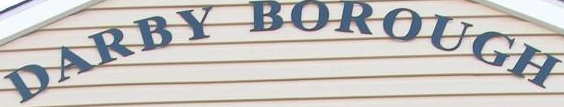
DARBY BOROUGH